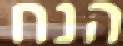
הנח